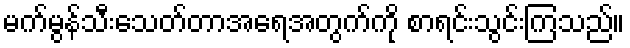
မက်မွန်သီးသေတ်တာအရေအတွက်ကို စာရင်းသွင်းကြသည်။